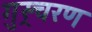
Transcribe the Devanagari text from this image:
गुस्र्चरण